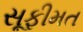
સૂફીમત